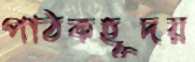
পাঠকহূদয়